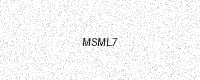
Text: MSML7